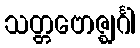
သတ္တဗောဇ္ဈင်္ဂါ